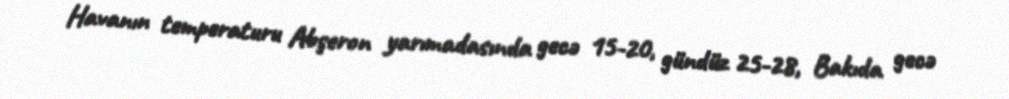
Havanın temperaturu Abşeron yarımadasında gecə 15-20, gündüz 25-28, Bakıda gecə